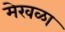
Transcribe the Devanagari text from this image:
मेखळा